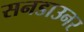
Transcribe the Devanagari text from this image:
सनडाउनर